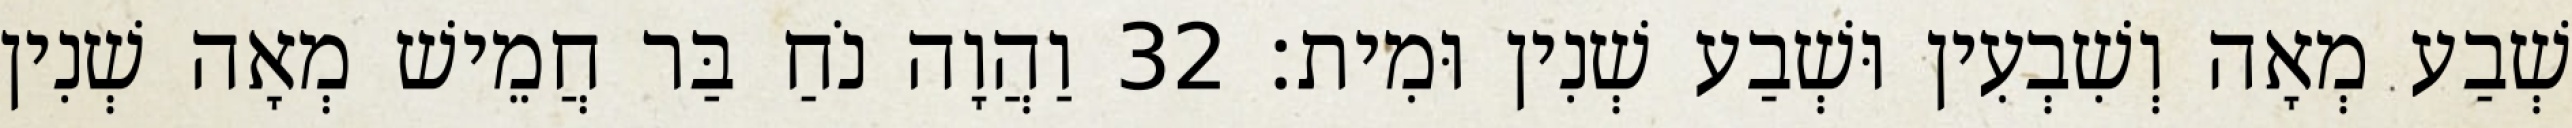
שְׁבַע מְאָה וְשִׁבְעִין וּשְׁבַע שְׁנִין וּמִית׃ 32 וַהֲוָה נֹחַ בַּר חֲמֵישׁ מְאָה שְׁנִין